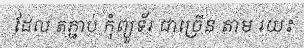
ដែល តភ្ជាប់ កុំព្យូទ័រ ជាច្រើន តាម រយះ